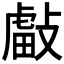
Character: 𢿊